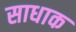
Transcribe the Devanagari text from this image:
साधाक